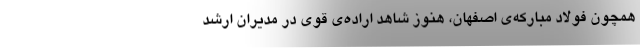
همچون فولاد مبارکه‌ی اصفهان، هنوز شاهد اراده‌ی قوی در مدیران ارشد